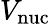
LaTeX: V_{\mathrm{nuc}}